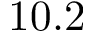
1 0 . 2